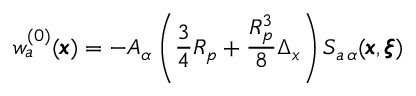
w _ { a } ^ { ( 0 ) } ( { \pmb x } ) = - A _ { \alpha } \left( \frac { 3 } { 4 } R _ { p } + \frac { R _ { p } ^ { 3 } } { 8 } \Delta _ { x } \right) S _ { a \, \alpha } ( { \pmb x } , { \pmb \xi } )